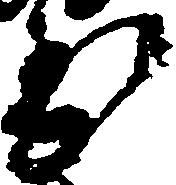
到